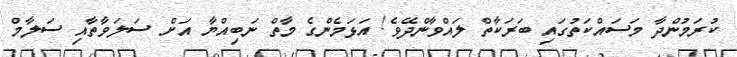
ކުރަމުންދާ މަސައްކަތުގައި ބަރަކާތް ލައްވާންދޭވެ! އަޅަމެންގެ މާތް ނަބިއްޔާ އަށް ސަލަވާތާއި ސަލާމް